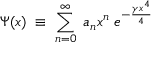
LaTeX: \Psi ( x ) \; \equiv \; \sum _ { n = 0 } ^ { \infty } \; a _ { n } x ^ { n } \; e ^ { - \frac { \gamma x ^ { 4 } } 4 }